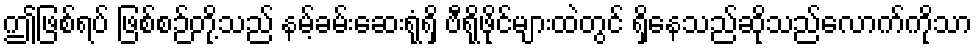
ဤဖြစ်ရပ် ဖြစ်စဉ်တို့သည် နမ့်ခမ်းဆေးရုံရှိ ဗီရိုဖိုင်များထဲတွင် ရှိနေသည်ဆိုသည်လောက်ကိုသာ